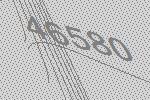
46580